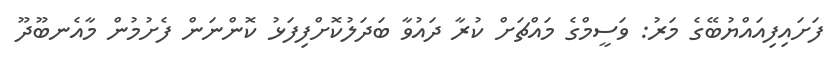
ފަށައިފިއައްޔުބޭގެ މަރު: ވަސީމްގެ މައްޗަށް ކުރާ ދައުވާ ބަދަލުކޮށްފިފަޅު ކޮންނަން ފެށުމުން މާއެނބޫދޫ